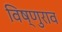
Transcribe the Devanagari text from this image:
विष्णुराव